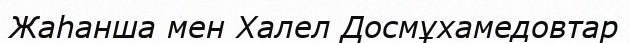
Жаһанша мен Халел Досмұхамедовтар